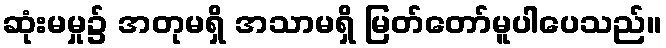
ဆုံးမမှု၌ အတုမရှိ အသာမရှိ မြတ်တော်မူပါပေသည်။